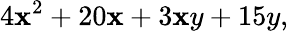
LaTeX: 4\mathbf{x}^{2}+20\mathbf{x}+3\mathbf{x}y+15y,